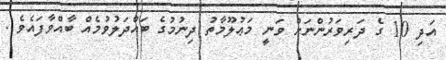
އަދި 10 ގެ ދަރިވަރުންނަށް ވަނީ މަޢުލޫމާތު ދިނުމުގެ ބައްދަލުވުމެއް ބާއްވާފައެވެ .